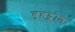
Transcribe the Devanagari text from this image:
बृहद्कोण